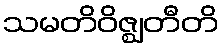
သမတိဝိဇ္ဈတီတိ